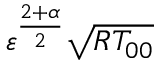
{ \varepsilon } ^ { \frac { 2 + \alpha } { 2 } } \sqrt { R T _ { 0 0 } }